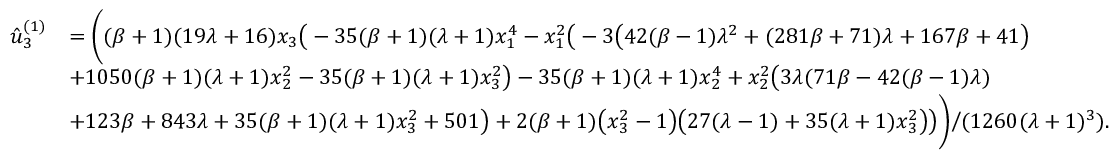
\begin{array} { r l } { \hat { u } _ { 3 } ^ { ( 1 ) } } & { = \bigg ( ( \beta + 1 ) ( 1 9 \lambda + 1 6 ) x _ { 3 } \big ( - 3 5 ( \beta + 1 ) ( \lambda + 1 ) x _ { 1 } ^ { 4 } - x _ { 1 } ^ { 2 } \big ( - 3 \big ( 4 2 ( \beta - 1 ) \lambda ^ { 2 } + ( 2 8 1 \beta + 7 1 ) \lambda + 1 6 7 \beta + 4 1 \big ) } \\ & { + 1 0 5 0 ( \beta + 1 ) ( \lambda + 1 ) x _ { 2 } ^ { 2 } - 3 5 ( \beta + 1 ) ( \lambda + 1 ) x _ { 3 } ^ { 2 } \big ) - 3 5 ( \beta + 1 ) ( \lambda + 1 ) x _ { 2 } ^ { 4 } + x _ { 2 } ^ { 2 } \big ( 3 \lambda ( 7 1 \beta - 4 2 ( \beta - 1 ) \lambda ) } \\ & { + 1 2 3 \beta + 8 4 3 \lambda + 3 5 ( \beta + 1 ) ( \lambda + 1 ) x _ { 3 } ^ { 2 } + 5 0 1 \big ) + 2 ( \beta + 1 ) \big ( x _ { 3 } ^ { 2 } - 1 \big ) \big ( 2 7 ( \lambda - 1 ) + 3 5 ( \lambda + 1 ) x _ { 3 } ^ { 2 } \big ) \big ) \bigg ) \Bigg / ( 1 2 6 0 ( \lambda + 1 ) ^ { 3 } ) . } \end{array}